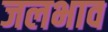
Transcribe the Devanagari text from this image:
जलभाव